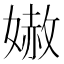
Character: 𡠬